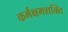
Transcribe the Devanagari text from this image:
कर्मक्षमशक्ति